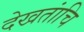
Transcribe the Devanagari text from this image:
देखतांचि